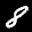
Label: 8